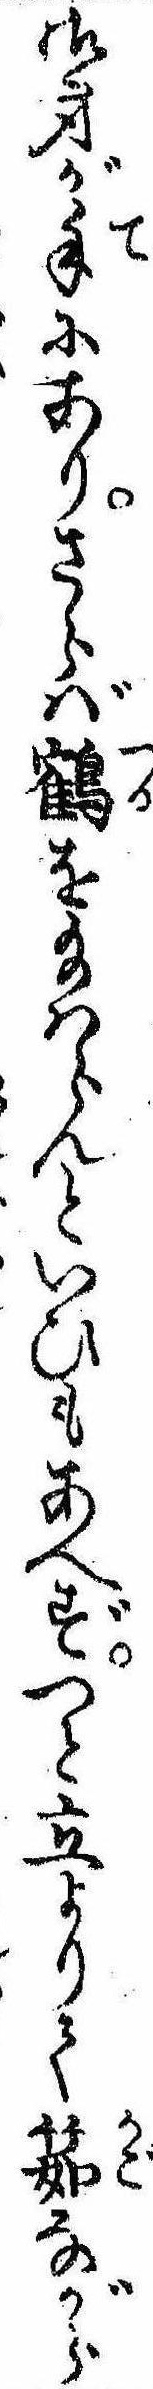
御身が手にありさらば鶴を給はらんといひもあへずつと立よりて筎ながら